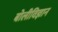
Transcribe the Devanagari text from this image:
बोलीविज्ञान